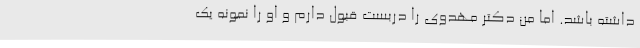
داشته باشد. اما من دکتر مهدوی را دربست قبول دارم و او را نمونهٔ یک